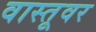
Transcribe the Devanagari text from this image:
वास्तूवर